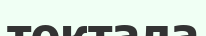
токтала